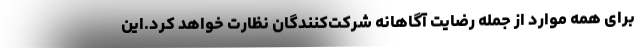
برای همه موارد از جمله رضایت آگاهانه شرکت‌کنندگان نظارت خواهد کرد.این